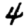
Digit: 4